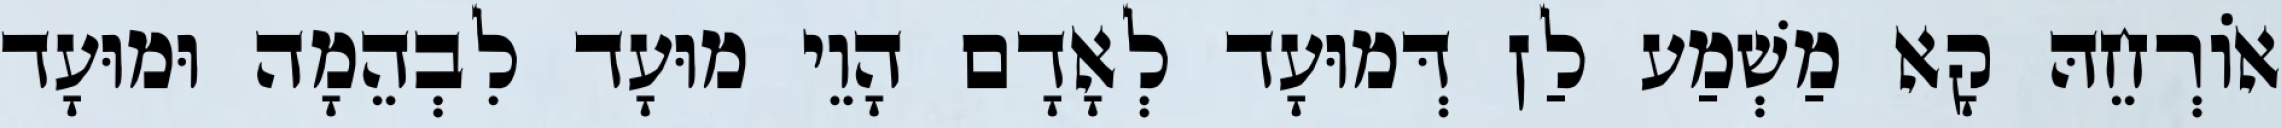
אוֹרְחֵהּ קָא מַשְׁמַע לַן דְּמוּעָד לְאָדָם הָוֵי מוּעָד לִבְהֵמָה וּמוּעָד